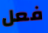
فعل